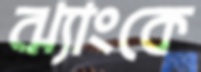
ঝ্যাংকে